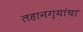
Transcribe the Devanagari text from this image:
लहानग्यांचा